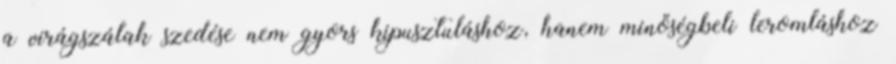
a virágszálak szedése nem gyors kipusztuláshoz, hanem minőségbeli leromláshoz